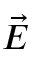
\Vec { E }